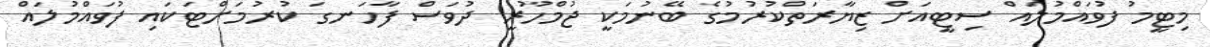
މިޓީމު ފުވައްމުލައް ސިޓީއަށް ޒިޔާރަތްކުރުމުގެ ބޭނުމަކީ ޖުމްހޫރީ ދުވަސް ފާހަނގަ ކުރުމަށްޓަކައި ފުވައްމުލައް